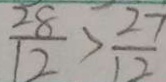
\frac { 2 8 } { 1 2 } > \frac { 2 7 } { 1 2 }